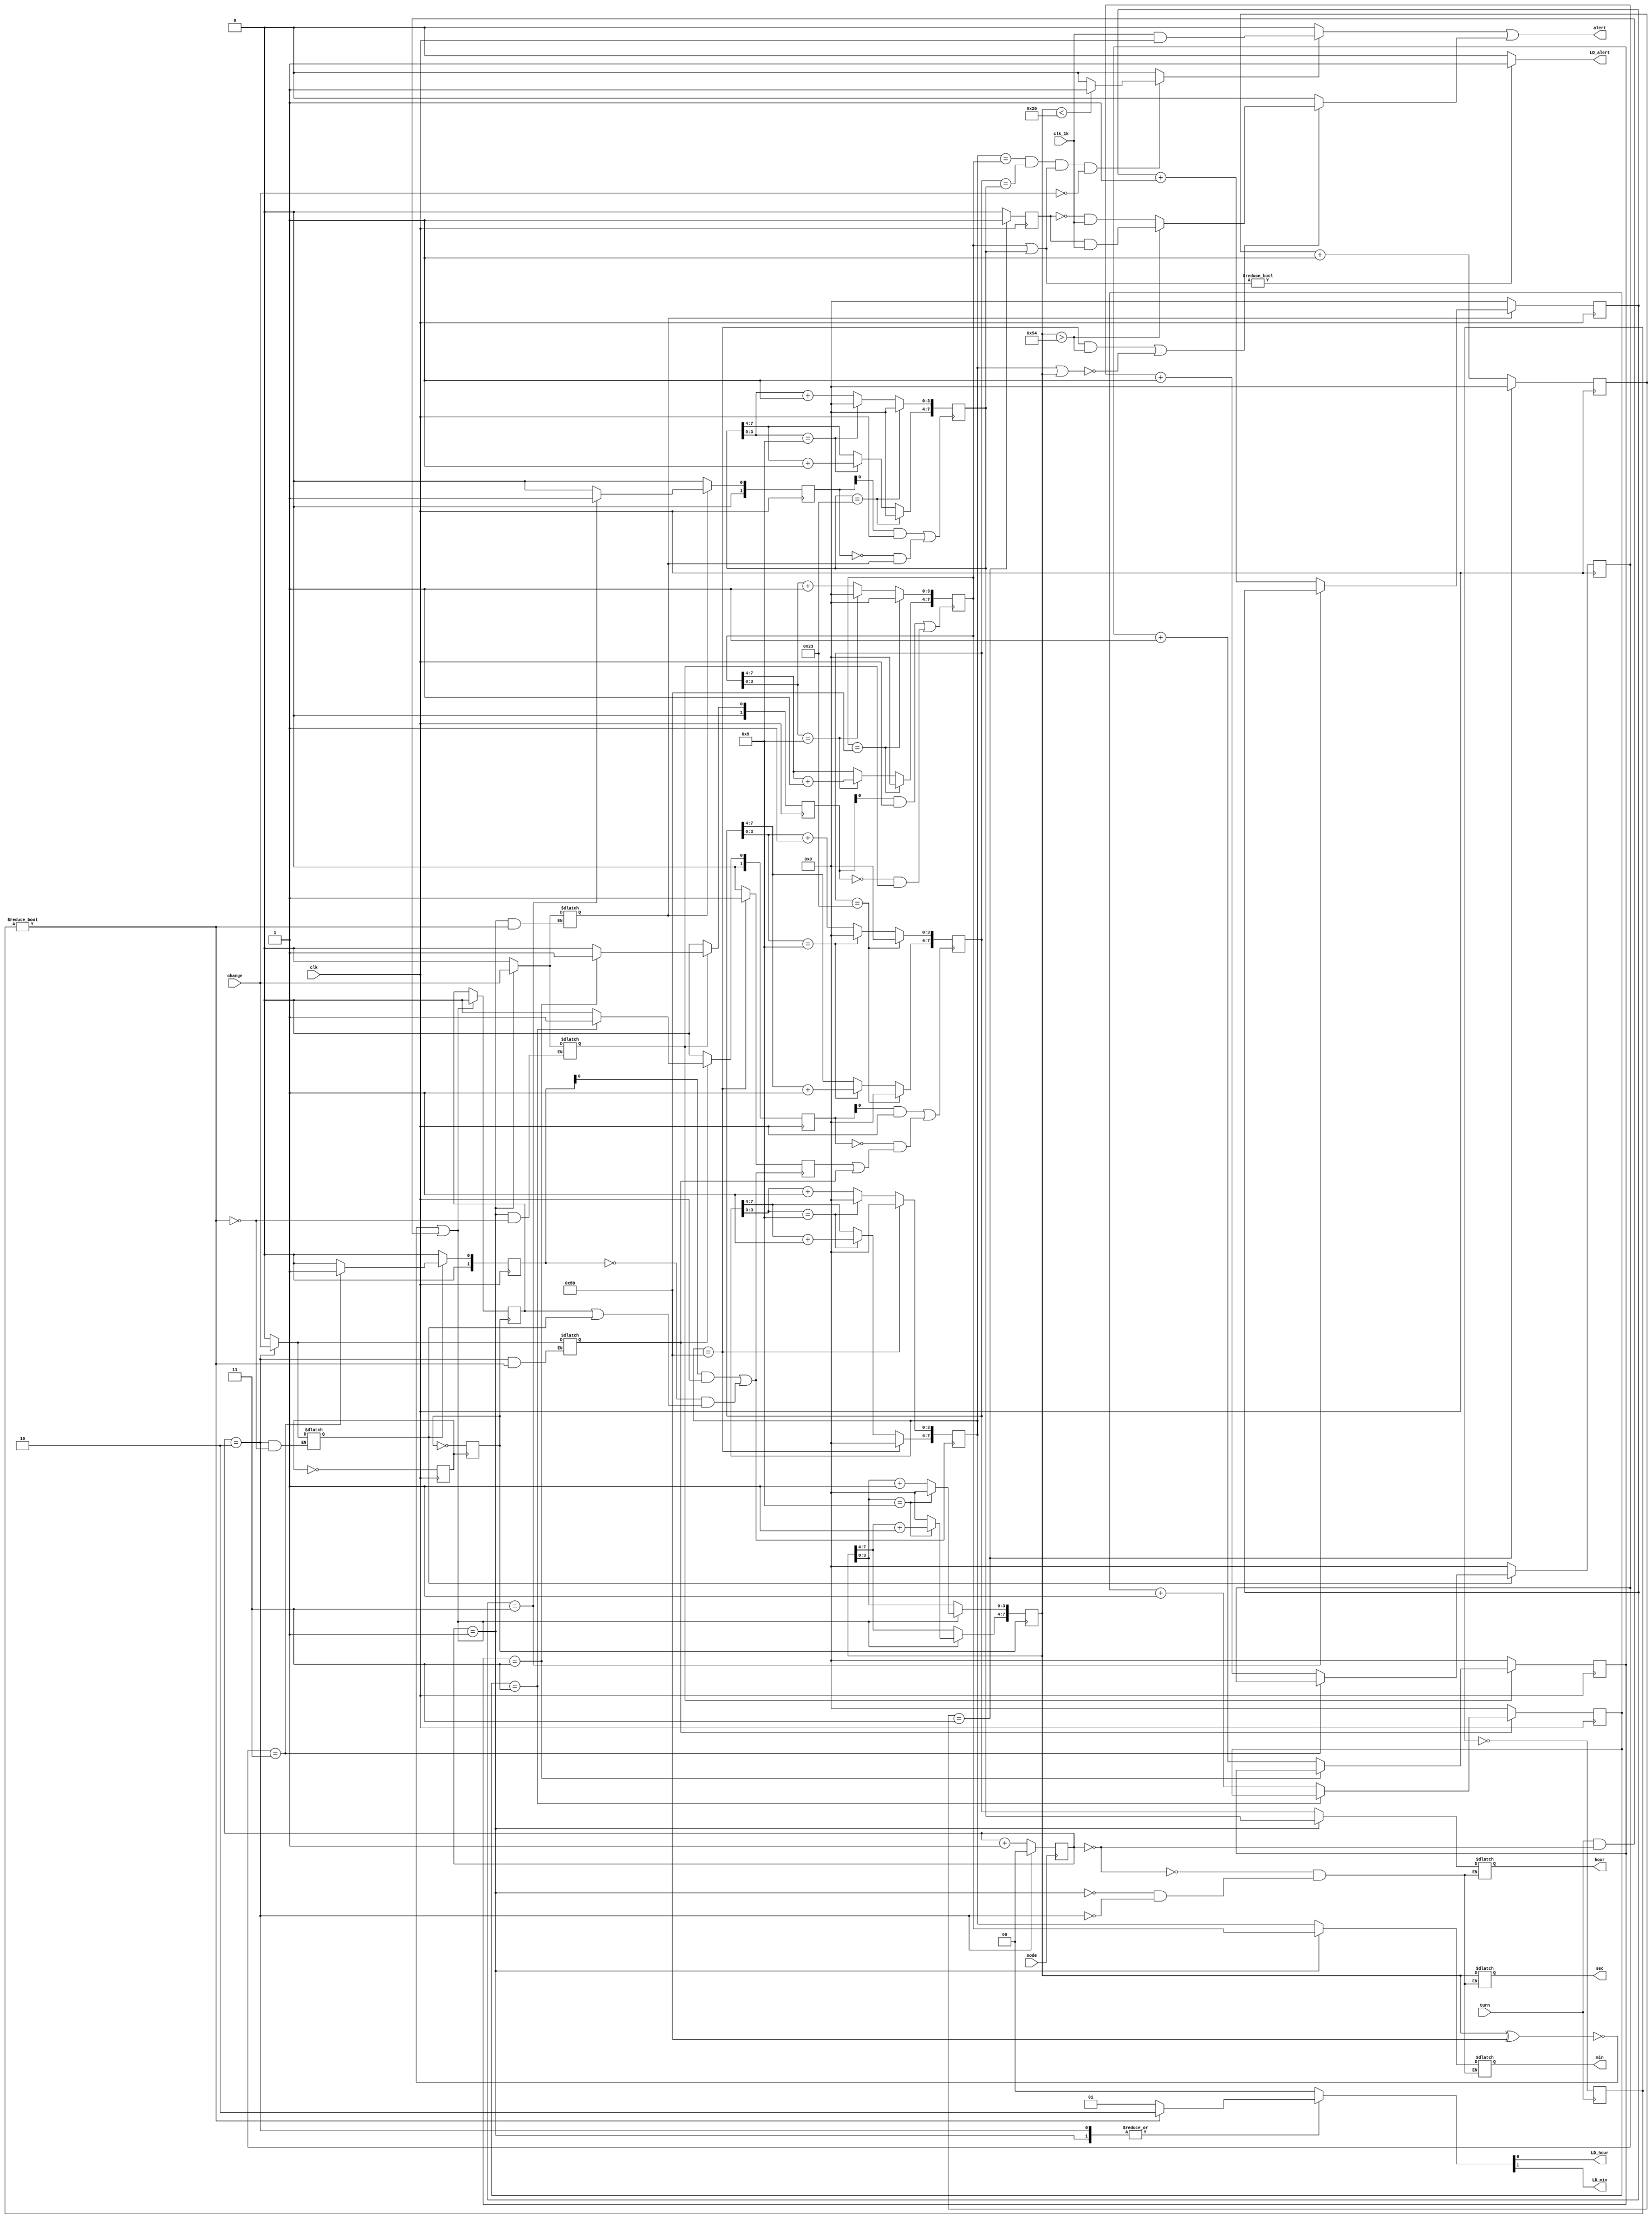
module zhong(clk,clk_1k,mode,change,turn,alert,hour,min,sec,LD_alert,LD_hour,LD_min);
    input clk,clk_1k,mode,change,turn;
    output alert,LD_alert,LD_hour,LD_min;
    output[7:0] hour,min,sec;
	 
    reg[7:0] hour,min,sec,hour1,min1,sec1,ahour,amin;
    reg[1:0] m,fm,num1,num2,num3,num4;
    reg LD_hour,LD_min;
    reg clk_1Hz,clk_2Hz,minclk,hclk;
    reg alert1,alert2,ear;
    reg count1,count2,counta,countb;
    wire ct1,ct2,cta,ctb,m_clk,h_clk;
	 reg[3:0] sound,loop1,loop2,loop3,loop4;
	 
	 wire LD_alert;
	 
    always @(posedge clk)begin
        clk_2Hz<=~clk_2Hz;
        if(sound==3) begin 
            sound<=0; ear<=1;
        end
        else begin 
            sound<=sound+1; ear<=0;
        end
    end
	 
    always @(posedge clk_2Hz) //��4Hz ������ʱ�Ӳ���1Hz ��ʱ���ź�
    clk_1Hz<=~clk_1Hz;
    always @(posedge mode)begin //mode �źſ���ϵͳ�����ֹ��ܼ�ת��
        if(m==2) 
            m<=0;
        else m<=m+1; 
    end
    always @(posedge turn)
    fm<=~fm;
    always begin //�ý��̲���count1,count2,counta,countb �ĸ��ź�
        case(m)
            2: begin if(fm)begin 
                count1<=change; 
                {LD_min,LD_hour}<=2; 
            end
                else begin counta<=change; 
                {LD_min,LD_hour}<=1; 
            end
                {count2,countb}<=0;
            end
            1: begin if(fm)begin 
                count2<=change; 
                {LD_min,LD_hour}<=2; 
            end
            else begin 
                countb<=change; 
                {LD_min,LD_hour}<=1; 
            end
                {count1,counta}<=2'b00;
            end
        default: {count1,count2,counta,countb,LD_min,LD_hour}<=0;
        endcase
    end
    always @(negedge clk)
    //������ʱ�䰴�¡�change�����������ɡ�num1���ź�����������ټ�1
        if(count2) begin
            if(loop1==3) num1<=1;
            else begin 
                loop1<=loop1+1; num1<=0; end
            end
        else begin 
            loop1<=0; num1<=0; 
        end
    always @(negedge clk) //����num2 �ź�
        if(countb) begin
            if(loop2==3) num2<=1;
            else begin 
                loop2<=loop2+1; 
                num2<=0; 
            end
        end
        else begin 
            loop2<=0; 
            num2<=0; 
        end
    always @(negedge clk)
        if(count1) begin
            if(loop3==3) num3<=1;
            else begin 
                loop3<=loop3+1; 
                num3<=0;
            end
        end
        else begin 
            loop3<=0; 
            num3<=0; 
        end
    always @(negedge clk)
        if(counta) begin
            if(loop4==3) 
                num4<=1;
            else begin 
                loop4<=loop4+1; 
                num4<=0;
            end
        end
        else begin 
            loop4<=0; 
            num4<=0;
        end
    assign ct1=(num3&clk)|(!num3&m_clk); //ct1 ���ڼ�ʱ��Уʱ�еķ��Ӽ���
    assign ct2=(num1&clk)|(!num1&count2); //ct2 ���ڶ�ʱ״̬�µ��������ź�
    assign cta=(num4&clk)|(!num4&h_clk); //cta ���ڼ�ʱ��Уʱ�е�Сʱ����
    assign ctb=(num2&clk)|(!num2&countb); //ctb ���ڶ�ʱ״̬�µ���Сʱ�ź�
    
    always @(posedge clk_1Hz) 
        if(!(sec1^8'h59)|turn&(!m))begin
            sec1<=0; 
            if(!(turn&(!m))) minclk<=1;
        begin
            if(sec1[3:0]==4'b1001)begin 
                sec1[3:0]<=4'b0000; 
                sec1[7:4]<=sec1[7:4]+1;
            end
            else 
                sec1[3:0]<=sec1[3:0]+1; 
            minclk<=0;
		  end
    end
	 
    assign m_clk=minclk||count1;
	 
    always @(posedge ct1)begin 
        if(min1==8'h59) begin 
            min1<=0;
            hclk<=1;
        end
        else begin
            if(min1[3:0]==9)begin 
                min1[3:0]<=0; 
                min1[7:4]<=min1[7:4]+1; 
            end
            else 
                min1[3:0]=min1[3:0]+1;
                hclk<=0;
            end
        end
		  
    assign h_clk=hclk||counta;
    always @(posedge cta) //Сʱ��ʱ��Сʱ��������
        if(hour1==8'h23) 
            hour1<=0;
        else if(hour1[3:0]==9)begin 
            hour1[7:4]<=hour1[7:4]+1; 
            hour1[3:0]<=0; 
        end
        else 
            hour1[3:0]<=hour1[3:0]+1;
    always @(posedge ct2) //���Ӷ�ʱ�����еķ��ӵ��ڽ���
        if(amin==8'h59) 
            amin<=0;
        else if(amin[3:0]==9)begin 
            amin[3:0]<=0; 
            amin[7:4]<=amin[7:4]+1; 
        end
        else amin[3:0]<=amin[3:0]+1;
    always @(posedge ctb) //���Ӷ�ʱ�����е�Сʱ���ڽ���
        if(ahour==8'h23) 
            ahour<=0;
        else if(ahour[3:0]==9)begin 
            ahour[3:0]<=0; 
            ahour[7:4]<=ahour[7:4]+1;
        end
        else 
            ahour[3:0]<=ahour[3:0]+1;
    always //���幦��
        if((min1==amin)&&(hour1==ahour)&&(amin|ahour)&&(!change))
    //����ס��change�������ţ������������
            if(sec1<8'h20) 
                alert1<=1; //����������ʱ�䳤��
            else 
                alert1<=0;
            else 
                alert1<=0;
    always //ʱ���֡�������ʾ����
        case(m)
            3'b00: begin hour<=hour1; min<=min1; sec<=sec1; end
            //��ʱ״̬�µ�ʱ���֡�����ʾ
            3'b01: begin hour<=ahour; min<=amin; sec<=8'hzz; end
            //��ʱ״̬�µ�ʱ���֡�����ʾ
            3'b10: begin hour<=hour1; min<=min1; sec<=8'hzz; end
            //Уʱ״̬�µ�ʱ���֡�����ʾ
        endcase
    assign LD_alert=(ahour|amin)?1:0; //ָʾ�Ƿ����������嶨ʱ
    assign alert=((alert1)?clk_1k&clk:0)|alert2; //���������������㱨ʱ��
    always begin //�������㱨ʱ�ź�alert2
        if((min1==8'h59)&&(sec1>8'h54)||(!(min1|sec1)))
            if(sec1>8'h54) 
                alert2<=ear&clk_1k; //��������
            else 
                alert2<=!ear&clk_1k; //��������
        else alert2<=0;
    end
endmodule